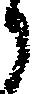
う